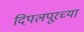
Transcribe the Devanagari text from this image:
दिपलपूरच्या